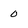
Character: 0